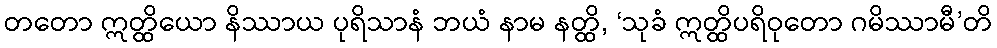
တတော ဣတ္ထိယော နိဿာယ ပုရိသာနံ ဘယံ နာမ နတ္ထိ, ‘သုခံ ဣတ္ထိပရိဝုတော ဂမိဿာမီ’တိ